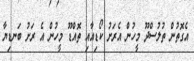
އެގޮތުން ތުލުސްދޫ މީހުން އެރަށު ކޯޑިއާއި ތޮއްޑޫ މީހުން އެ ރަށު ބަނޑިޔާ